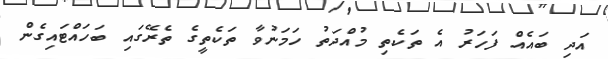
އަދި ބައެއް ފަހަރު އެ ތަކެތި މުއްދަތު ހަމަނުވާ ތަކެތީގެ ތެރޭގައި ބަހައްޓައިގެން